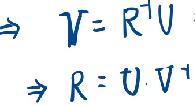
\begin{align*}
&\Rightarrow V = R^{\dagger}U\\
&\Rightarrow R = U\cdot V^{\dagger}
\end{align*}